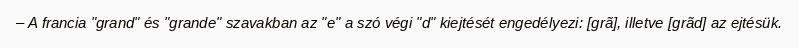
– A francia "grand" és "grande" szavakban az "e" a szó végi "d" kiejtését engedélyezi: [grã], illetve [grãd] az ejtésük.